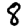
Digit: 8